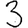
Digit: 3